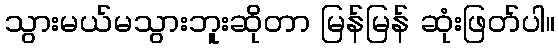
သွားမယ်မသွားဘူးဆိုတာ မြန်မြန် ဆုံးဖြတ်ပါ။